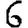
Digit: 6